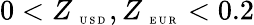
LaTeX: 0<Z_{\mathrm{~\tiny~U~S~D~}},Z_{\mathrm{~\tiny~E~U~R~}}<0.2